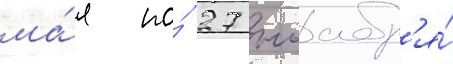
ма́я по́ 27 ноабр'я́